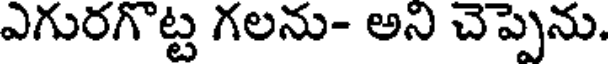
ఎగురగొట్ట గలను- అని చెప్పెను.